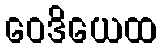
ဝေဒိယေထ